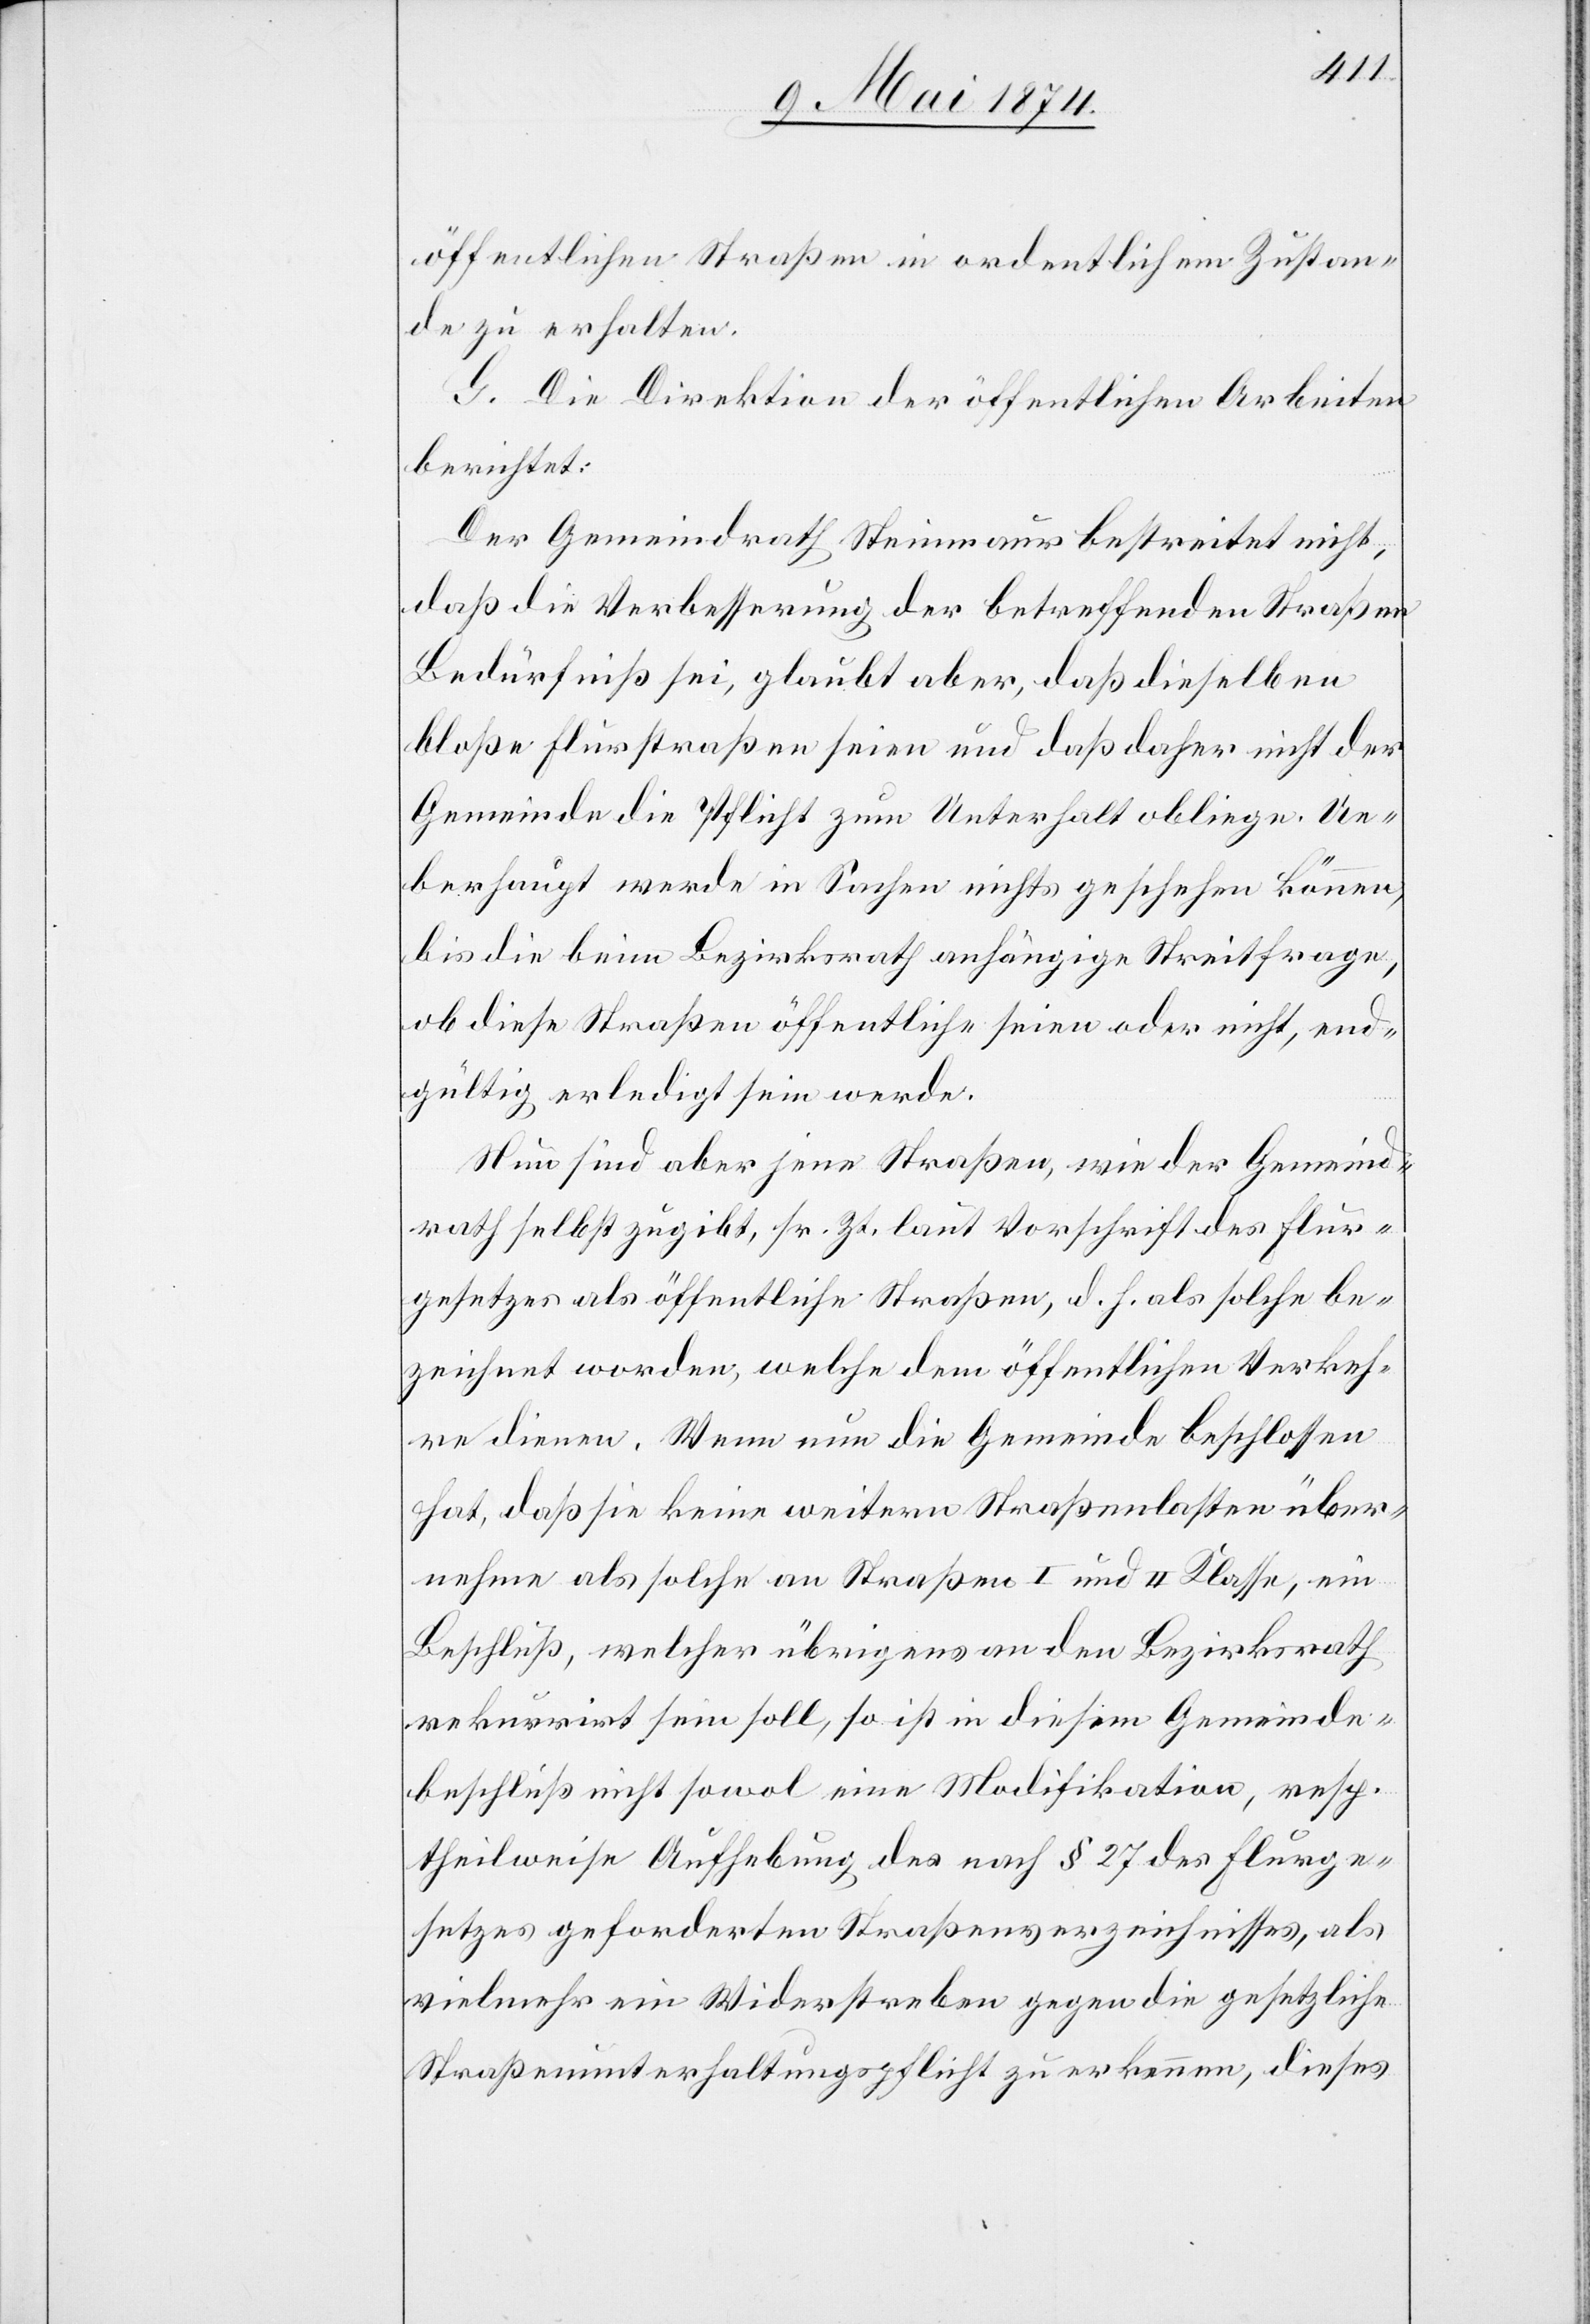
öffentlichen Straßen in ordentlichem Zustan¬
de zu erhalten.
G. Die Direktion der öffentlichen Arbeiten
berichtet:
Der Gemeindrath Steinmaur bestreitet nicht,
daß die Verbesserung der betreffenden Straßen
Bedürfniß sei, glaubt aber, daß dieselben
bloße Flurstraßen seien und daß daher nicht der
Gemeinde die Pflicht zum Unterhalt obliege. Ue¬
berhaupt werde in Sachen nichts geschehen können,
bis die beim Bezirksrath anhängige Streitfrage,
ob diese Straßen öffentliche seien oder nicht, end¬
gültig erledigt sein werde.
Nun sind aber jene Straßen, wie der Gemeind¬
rath selbst zugibt, sr. Zt. laut Vorschrift des Flur¬
gesetzes als öffentliche Straßen, d. h. als solche be¬
zeichnet worden, welche dem öffentlichen Verkeh¬
re dienen. Wenn nun die Gemeinde beschlossen
hat, daß sie keine weitern Straßenlasten über¬
nehme als solche an Straßen I. und II. Klasse, ein
Beschluß, welcher übrigens an den Bezirksrath
rekurrirt sein soll, so ist in diesem Gemeinde¬
beschluß nicht sowol eine Modifikation, resp.
theilweise Aufhebung des nach § 27 des Flurge¬
setzes geforderten Straßenverzeichnisses, als
vielmehr ein Widerstreben gegen die gesetzliche
Straßenunterhaltungspflicht zu erkennen, dieses